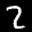
Label: 2